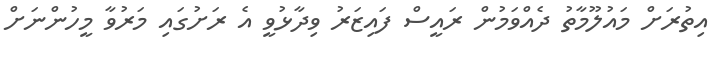
އިތުރަށް މައުލޫމާތު ދެއްވަމުން ރައީސް ފައިޒަރު ވިދާޅުވީ އެ ރަށުގައި މަރުވާ މީހުންނަށް